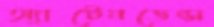
অ্যাটেনডেন্স